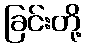
ခြင်းတို့